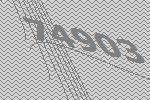
74903